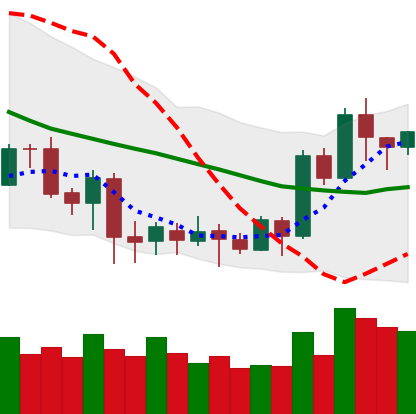
Ticker: LTC-USD
Chart end date: 2020-07-11
Forward return: -5.913%
Label: down_5_7